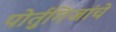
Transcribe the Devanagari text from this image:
पोर्तुगिजांचे